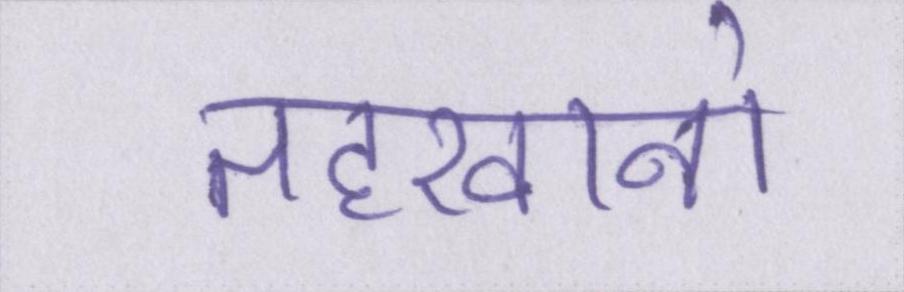
तहखानो